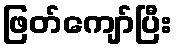
ဖြတ်ကျော်ပြီး